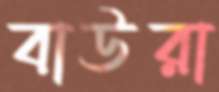
বাউরা